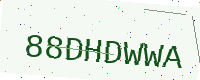
Text: 88DHDWWA